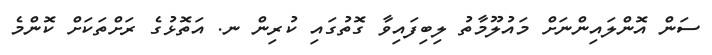
ސަން އޮންލައިންނަށް މައުލޫމާތު ލިބިފައިވާ ގޮތުގައި ކުރިން ނ. އަތޮޅުގެ ރަށްތަކަށް ކޮންމެ